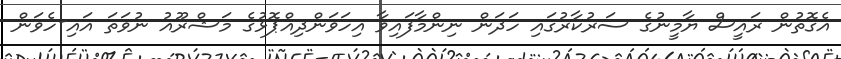
އެގޮތުން ރައީސް ޔާމީނުގެ ސަރުކާރުގައި ހަދަން ނިންމާފައިވާ އިހަވަންދިއްޕޮޅުގެ މަޝްރޫއު ނުވަތަ އައި-ހެވަން